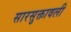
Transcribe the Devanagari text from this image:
सारसुक्तावली